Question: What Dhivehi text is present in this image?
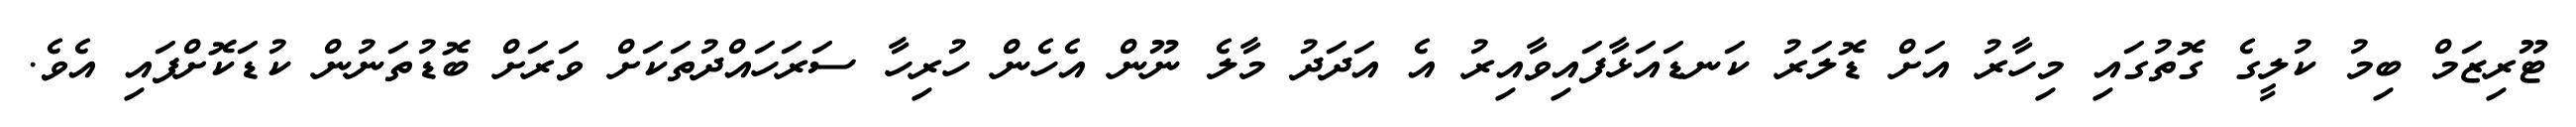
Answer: ޓޫރިޒަމް ބިމު ކުލީގެ ގޮތުގައި މިހާރު އަށް ޑޮލަރު ކަނޑައަޅާފައިވާއިރު އެ އަދަދު މާލެ ނޫން އެހެން ހުރިހާ ސަރަހައްދުތަކަށް ވަރަށް ބޮޑުތަނުން ކުޑަކޮށްފައި އެވެ.